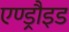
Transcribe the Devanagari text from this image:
एण्ड्रौइड